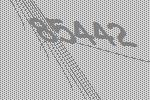
85442